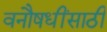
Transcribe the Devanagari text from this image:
वनौषधींसाठी